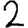
Digit: 2